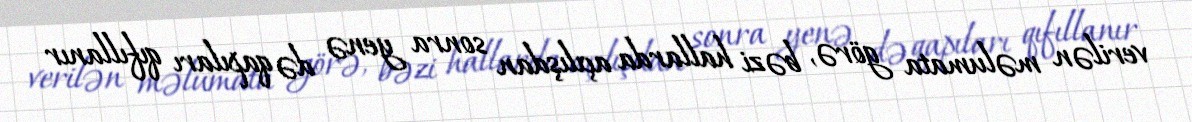
verilən məlumata görə, bəzi hallarda açılışdan sonra yenə də qapıları qıfıllanır